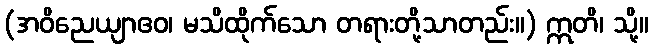
(အဝိညေယျာဧဝ၊ မသိထိုက်သော တရားတို့သာတည်း။) ဣတိ၊ သို့။